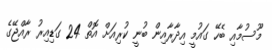
މޫސުމާއި ބެހޭ ގައުމީ އިދާރާއިން ބުނީ ކުރިއަށް އޮތް 24 ގަޑިއިރު ރާއްޖޭގެ